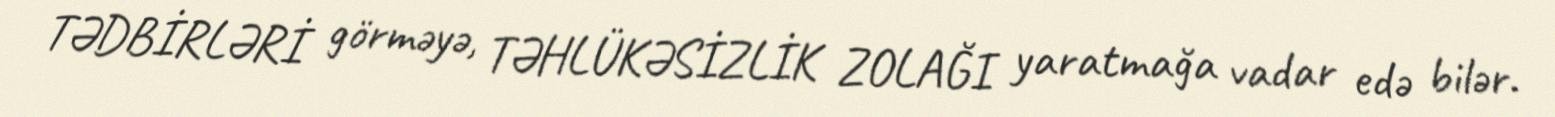
TƏDBİRLƏRİ görməyə, TƏHLÜKƏSİZLİK ZOLAĞI yaratmağa vadar edə bilər.